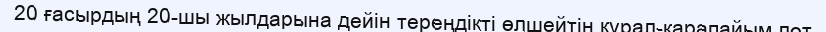
20 ғасырдың 20-шы жылдарына дейін тереңдікті өлшейтін құрал-қарапайым лот